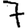
Digit: 7